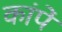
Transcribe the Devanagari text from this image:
कांपें